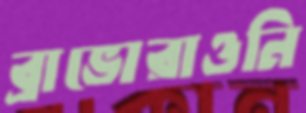
ব্রাভোরাওনি